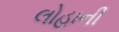
લોહાની